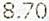
8.70